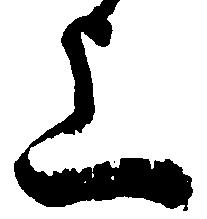
上